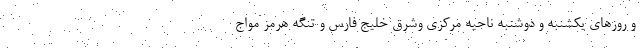
و روزهای یکشنبه و دوشنبه ناحیه مرکزی وشرق خلیج فارس و تنگه هرمز مواج